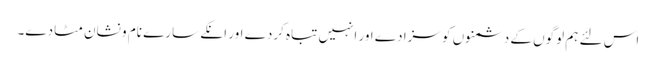
اس لئے ہم لوگوں کے دشمنوں کو سزا دے اور انہیں تباہ کردے اور انکے سارے نام و نشان مٹا دے۔